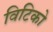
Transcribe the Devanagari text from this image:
विटिको